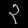
Digit: ၃